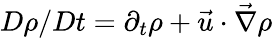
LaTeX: D\rho/Dt=\partial_{t}\rho+\vec{u}\cdot\vec{\nabla}\rho